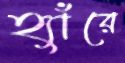
হ্যাঁরে